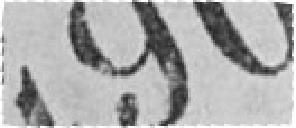
490